65_HS1-834228961_62-HQ-83894_Section_7
Agency: FBI
Page 4
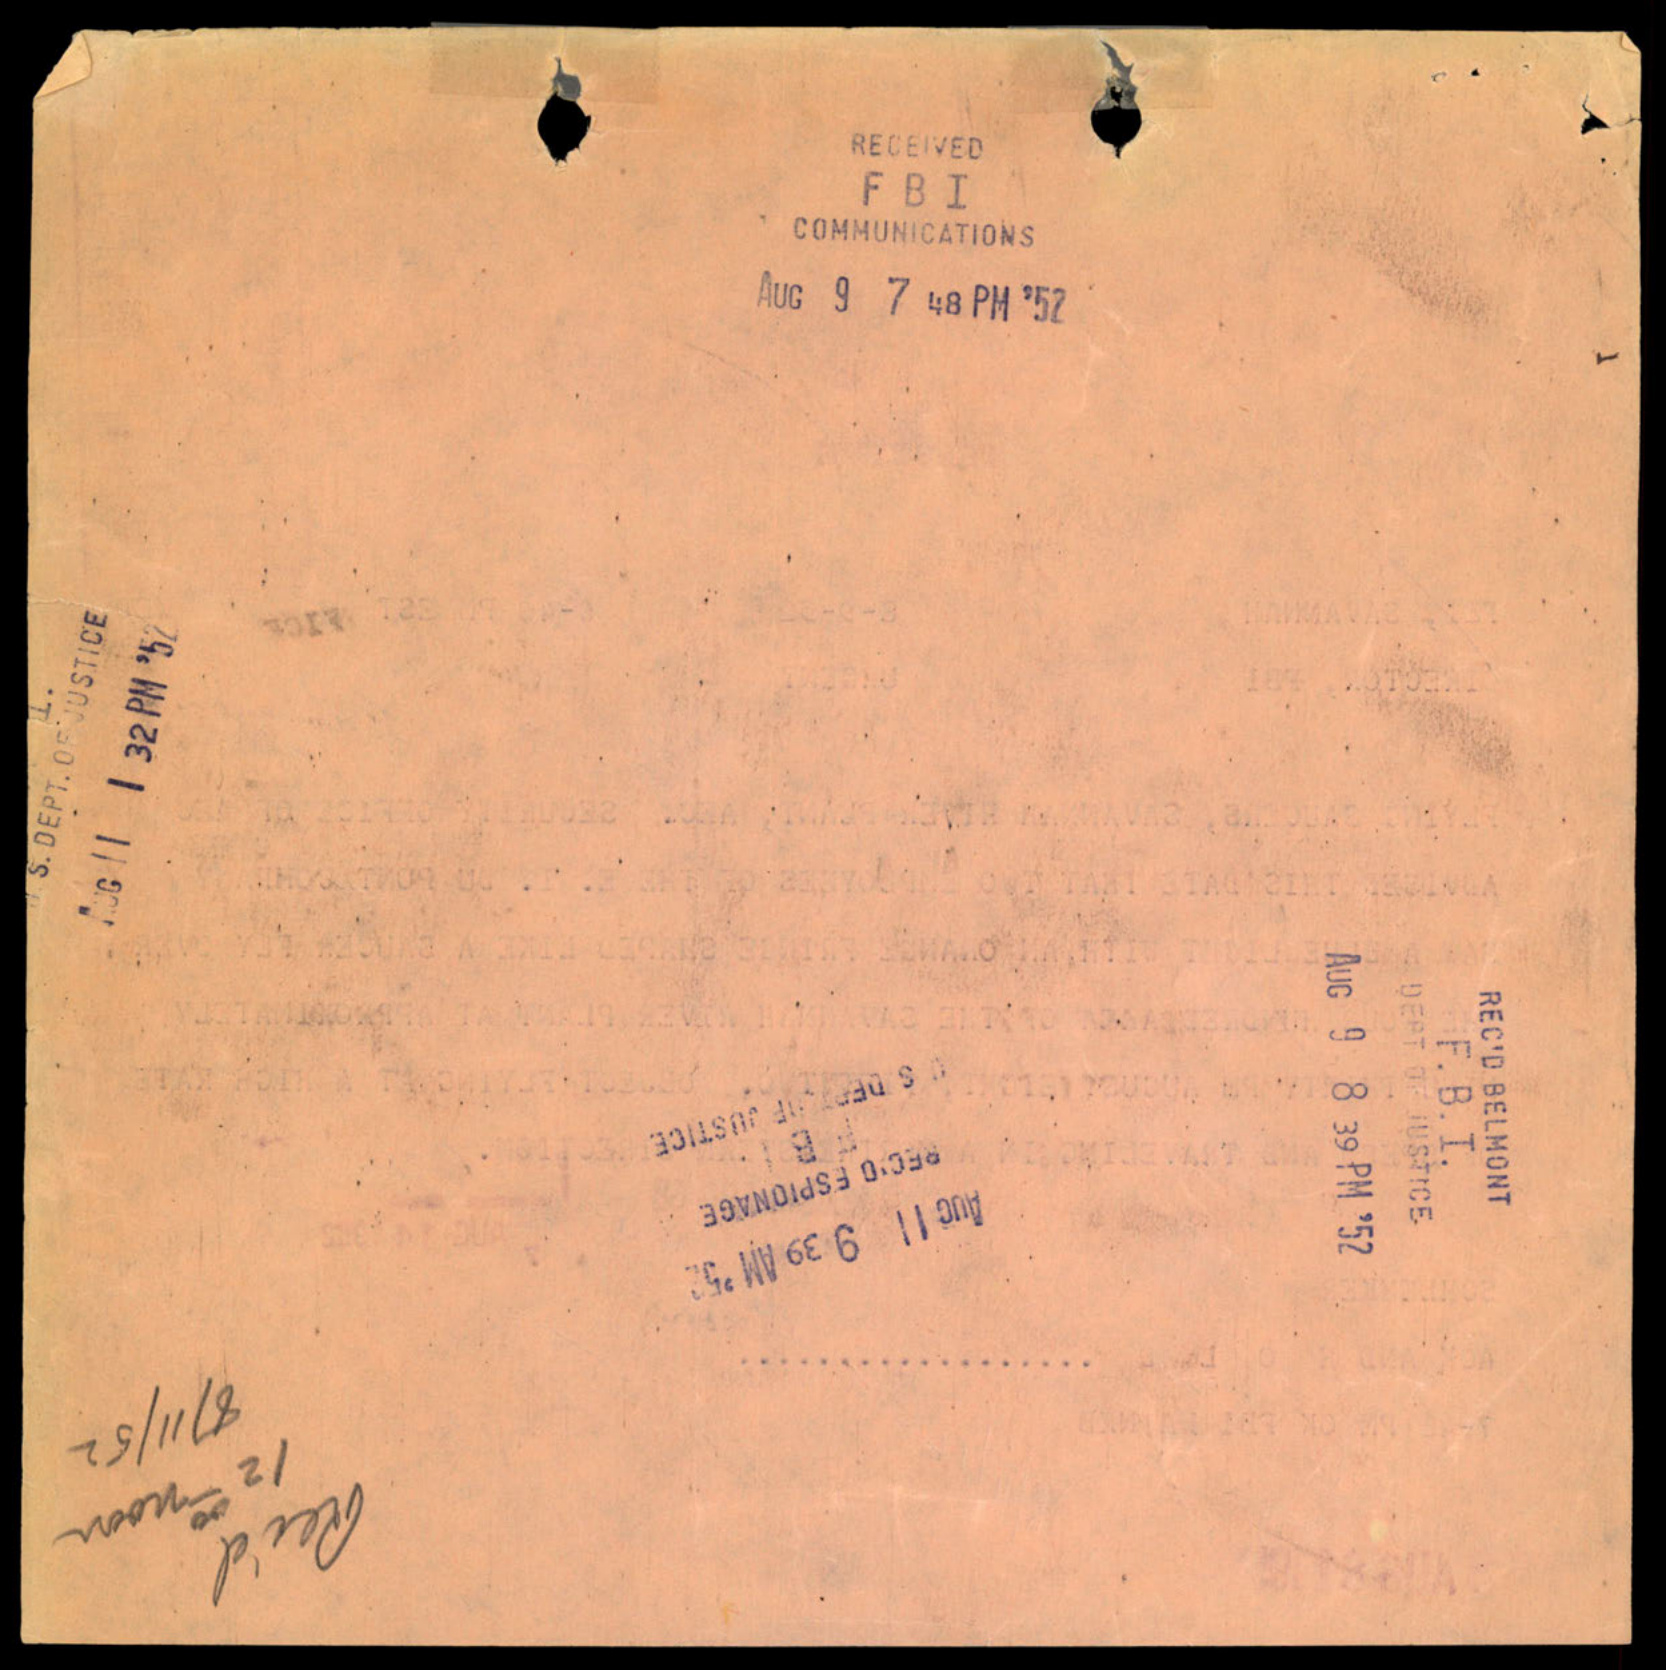